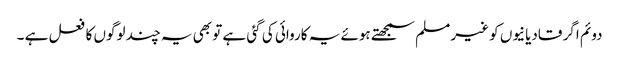
دوئم اگر قادیانیوں کو غیر مسلم سمجھتے ہوئے یہ کاروائی کی گئی ہے تو بھی یہ چند لوگوں کا فعل ہے ۔